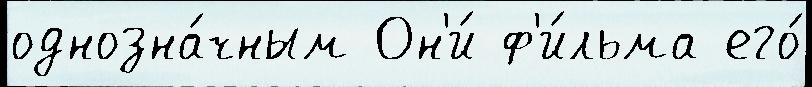
однозна́чным Он'и́ ф'и́льма его́